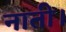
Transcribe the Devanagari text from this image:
नाती।